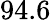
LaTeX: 94.6